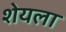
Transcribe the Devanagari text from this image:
शेयला